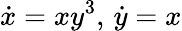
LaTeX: \dot{x}=xy^{3},\, \dot{y}=x